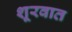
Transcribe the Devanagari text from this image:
शूरवात